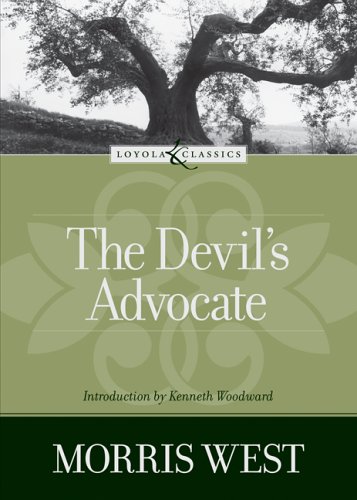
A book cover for The Devil's Advocate (Loyola Classics); Morris West; Christian Books & Bibles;